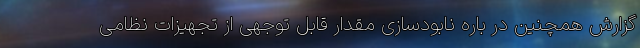
گزارش همچنین در باره نابودسازی مقدار قابل توجهی از تجهیزات نظامی